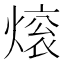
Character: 𬊼